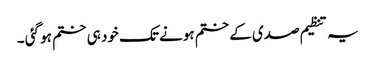
یہ تنظیم صدی کے ختم ہونے تک خود ہی ختم ہو گئی ۔